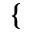
\{